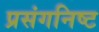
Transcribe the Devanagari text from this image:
प्रसंगनिष्ट